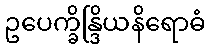
ဥပေက္ခိန္ဒြိယနိရောဓံ